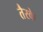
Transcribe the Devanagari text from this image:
तैरके